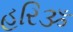
હરિૐ